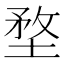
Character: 堥